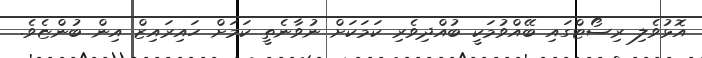
އޮޅުވެލި ރިސޯޓްގައި ބޭއްވުމަކީ ބުއްދިވެރި ކަމަކަށް ނުވާނެތީ ކަމަށް ހައިރައިޒް އިން ބުންޏެވެ.